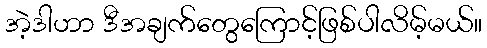
အဲ့ဒါဟာ ဒီအချက်တွေကြောင့်ဖြစ်ပါလိမ့်မယ်။